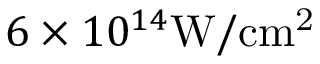
6 \times 1 0 ^ { 1 4 } \mathrm { W / c m ^ { 2 } }